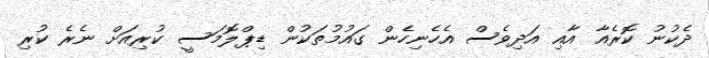
ދެކުނު ކޮރެއާ އާއި އަދިވެސް އެހެނިހެން ގައުމުތަކުން ޑިޕްލޮމަސީ ކުރިއަށް ނެރެ ކުރި